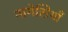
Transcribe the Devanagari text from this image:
नागेसियाँ